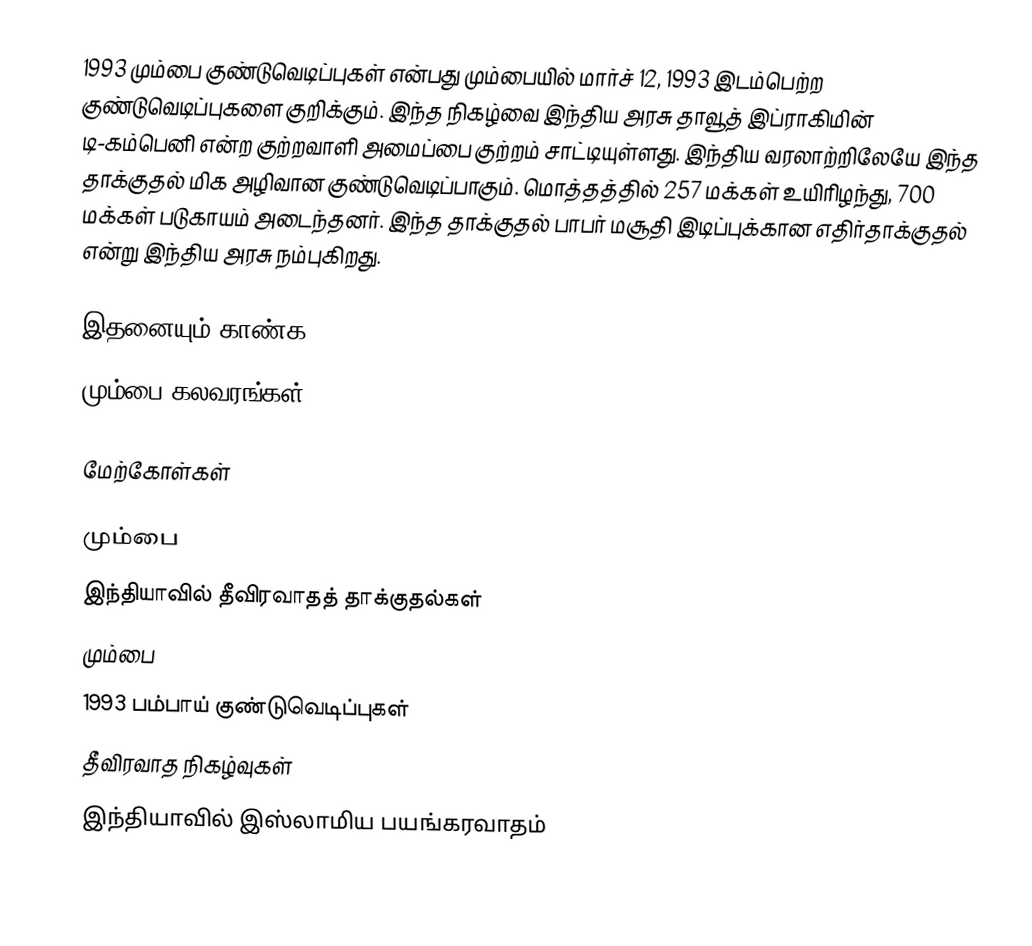
1993 மும்பை குண்டுவெடிப்புகள் என்பது மும்பையில் மார்ச் 12, 1993 இடம்பெற்ற குண்டுவெடிப்புகளை குறிக்கும். இந்த நிகழ்வை இந்திய அரசு தாவூத் இப்ராகிமின் டி-கம்பெனி என்ற குற்றவாளி அமைப்பை குற்றம் சாட்டியுள்ளது. இந்திய வரலாற்றிலேயே இந்த தாக்குதல் மிக அழிவான குண்டுவெடிப்பாகும். மொத்தத்தில் 257 மக்கள் உயிரிழந்து, 700 மக்கள் படுகாயம் அடைந்தனர். இந்த தாக்குதல் பாபர் மசூதி இடிப்புக்கான எதிர்தாக்குதல் என்று இந்திய அரசு நம்புகிறது.

இதனையும் காண்க
 மும்பை கலவரங்கள்

மேற்கோள்கள்

மும்பை
இந்தியாவில் தீவிரவாதத் தாக்குதல்கள்
மும்பை
1993 பம்பாய் குண்டுவெடிப்புகள்
தீவிரவாத நிகழ்வுகள்
இந்தியாவில் இஸ்லாமிய பயங்கரவாதம்